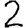
Digit: 2